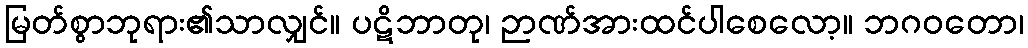
မြတ်စွာဘုရား၏သာလျှင်။ ပဋိဘာတု၊ ဉာဏ်အားထင်ပါစေလော့။ ဘဂဝတော၊